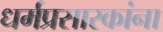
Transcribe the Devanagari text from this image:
धर्मप्रसारकांना